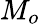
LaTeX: M_{o}